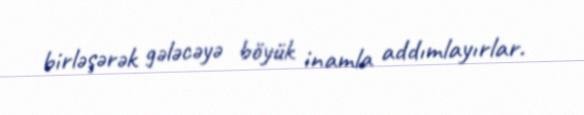
birləşərək gələcəyə böyük inamla addımlayırlar.